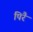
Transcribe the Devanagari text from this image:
पिरै